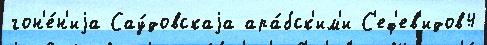
гон'е́н'иjа Сау́довскаjа ара́бск'им'и С'еф'ев'идов4